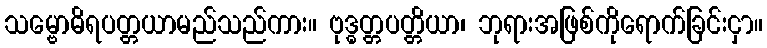
သမ္ဗောဓိရပတ္တယာမည်သည်ကား။ ဗုဒ္ဓတ္တပတ္တိယာ၊ ဘုရားအဖြစ်ကိုရောက်ခြင်းငှာ။